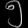
Digit: ၅